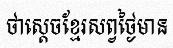
ថាស្តេចខ្មែរសព្វថ្ងៃមាន